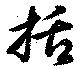
括